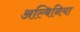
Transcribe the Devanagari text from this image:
अल्बिनिया